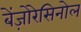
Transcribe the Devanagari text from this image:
बेंज़ोरेसिनोल